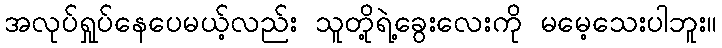
အလုပ်ရှုပ်နေပေမယ့်လည်း သူတို့ရဲ့ခွေးလေးကို မမေ့သေးပါဘူး။